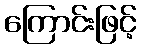
ကြောင်းဖြင့်